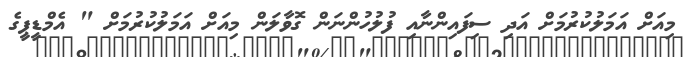
މިއަށް އަމަލުކުރުމަށް އަދި ސިފައިންނާއި ފުލުހުންނަން ގޮވާލަން މިއަށް އަމަލުކުރުމަށް " އެމްޑީޕީގެ